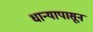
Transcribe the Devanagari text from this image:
धान्यापासून